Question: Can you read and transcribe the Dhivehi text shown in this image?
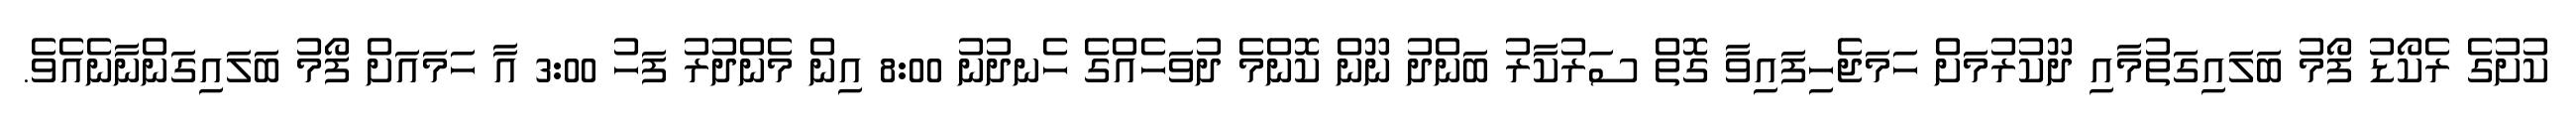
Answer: ކުށުގެ ރެކޯޑު ފޯމު ބަލައިގަތުމާއި ދޫކުރުމަށް ހަމަޖެހިފައިވާ ގޮތް ސަރުކާރު ބަންދު ނޫން ކޮންމެ ދުވަހެއްގެ ހެނދުނު 8:00 އިން މެންދުރު ފަހު 3:00 އާ ހަމައަށް ފޯމު ބަލައިގަންނާނެއެވެ.